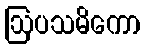
ဩပသမိကော